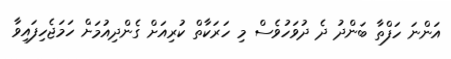
އަންނަ ހަފްތާ ބަންދު ދެ ދުވަހުވެސް މި ހަރަކާތް ކުރިއަށް ގެންދިއުމަށް ހަމަޖެހިފައިވާ